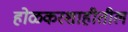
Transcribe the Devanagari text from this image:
होळकरशाहीतील